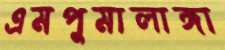
এমপুমালাঙ্গা